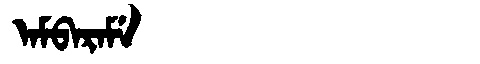
Manchu: ᠠᠮᠪᠠᡵᠠᠮᡝ
Romanization: AMBARAME